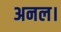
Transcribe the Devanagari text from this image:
अनल।